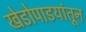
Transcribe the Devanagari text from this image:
खेडोपाडयांतून